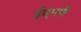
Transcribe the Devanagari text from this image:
ईएमपी